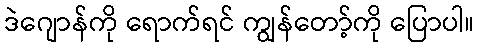
ဒဲဂျောန်ကို ရောက်ရင် ကျွန်တော့်ကို ပြောပါ။